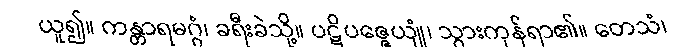
ယူ၍။ ကန္တာရမဂ္ဂံ၊ ခရီးခဲသို့။ ပဋိပဇ္ဇေယျုံ၊ သွားကုန်ရာ၏။ တေသံ၊